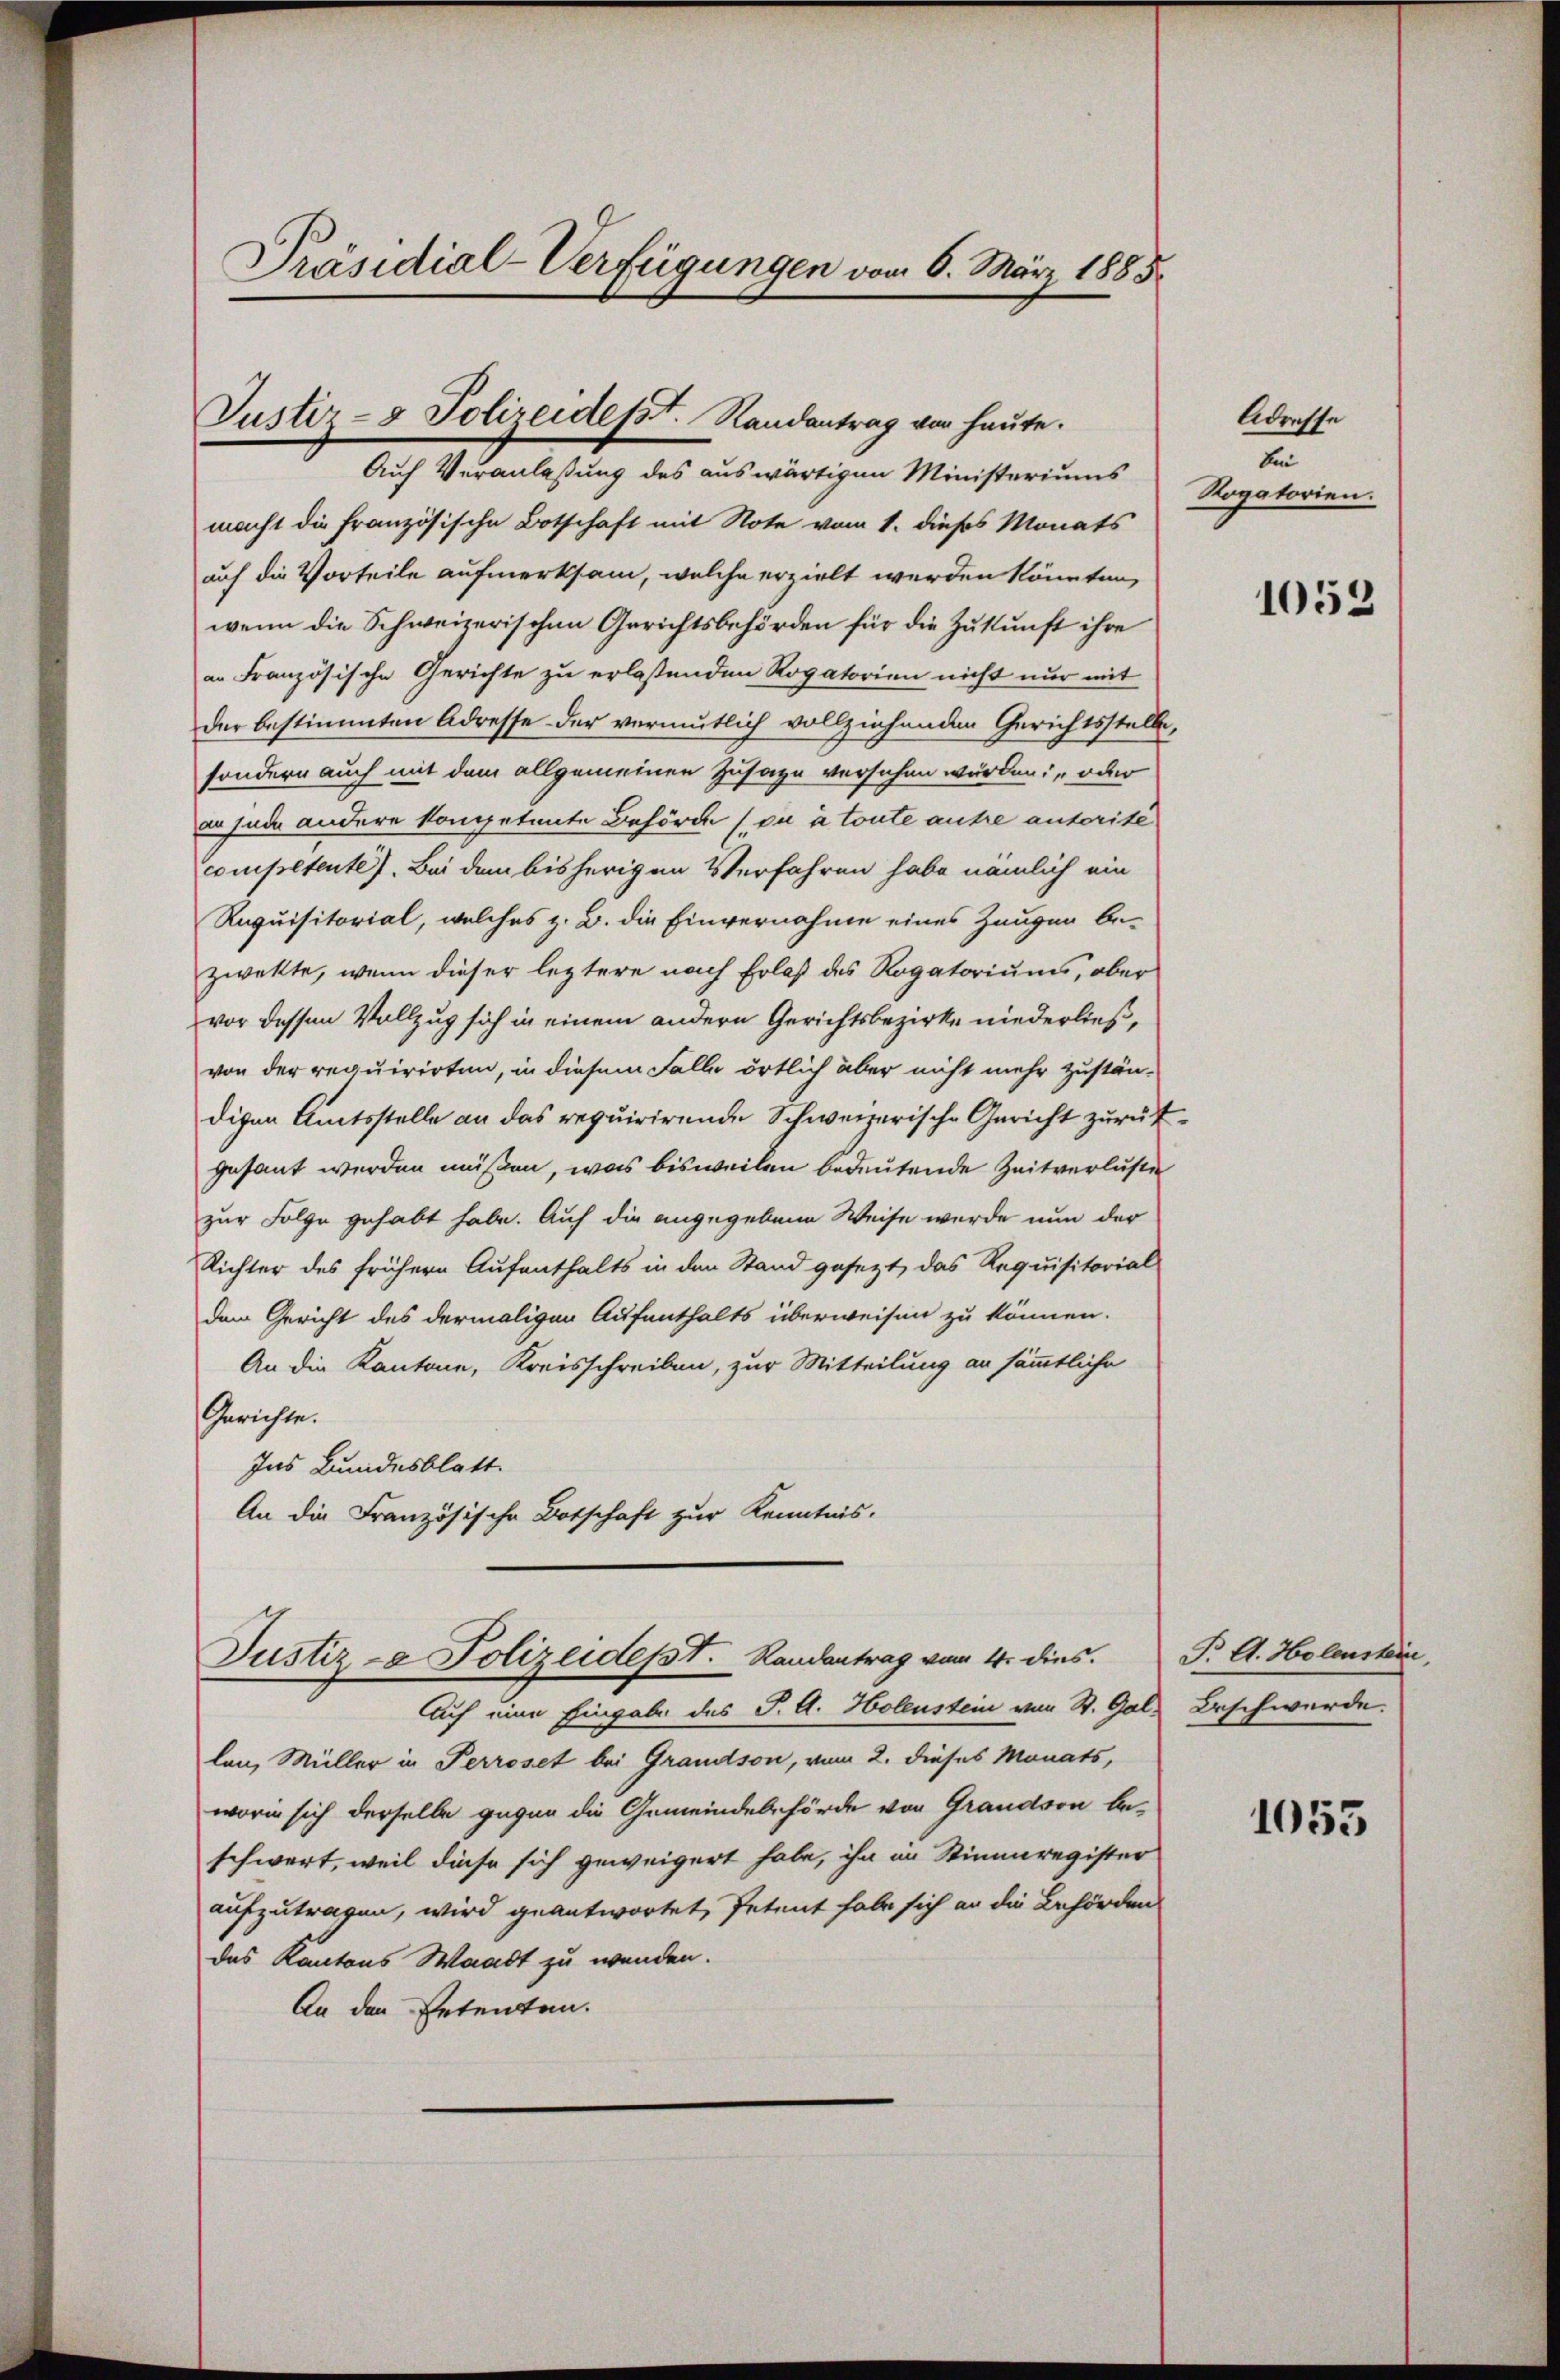
Präsidial-Verfügungen vom 6. März 1885

Justiz- & Polizeidept. Randantrag vor heute.

Auf Veranlaßung des auswärtigen Ministeriums
macht die französische Botschaft mit Note vom 1. dieses Monats
auf die Vorteile aufmerksam, welche erzielt werden könnten,
wenn die Schweizerischen Gerichtsbehörden für die Zukunft ihre
an Französische Gerichte zu erlaßenden Rogatorien nicht nur mit
der bestimmten Adresse der vermutlich vollziehenden Gerichtsstelle,
sondern auch mit dem allgemeinen Zusage versehen würden: „oder
an jede andere kompetente Behörde (zu à toute autre autorité
competente). Bei dem bisherigen Verfahren habe nämlich ein
Requisitorial, welches z. B. die Einvernahme eines Zeugen bezwekte, wenn dieser leztere nach Erlaß des Rogatoriums, aber
vor dessen Vollzug sich in einem andern Gerichtsbezirke niederließ,
von der requirirten, in diesem Falle örtlich aber nicht mehr zustän-
digen Amtsstelle an das requirirende Schweizerische Gericht zurückgesant werden müßen, was bisweilen bedeutende Zeitverluste
zur Folge gehabt habe. Auf die angegebene Weise werde nun der
Richter des frühere Aufenthalts in den Stand gesezt, das Requisitorial
dem Gericht des dermaligen Aufenthalts überweisen zu können.
An die Kantone, Kreisschreiben, zur Mitteilung an sämmtliche
Gerichte.
Ins Bundesblatt.
An die Französische Botschaft zur Kenntnis.
Justiz- & Polizeidept.   Randantrag vom 4. dies. P. A. Holenstein,
Auf eine Eingabe des J. A. Holenstein von St. Gal-Beschwerde.
lan, Müller in Perroset bei Grandson, vom 2. dieses Monats,
worin sich derselbe gegen die Gemeindebehörde von Grandson beschwert, weil diese sich geweigert habe, ihn in Stimmregister
aufzutragen, wird geantwortet, Petent habe sich an die Behörden
das Kantons Waadt zu wenden.
An den Petenten.

Adresse
bin
Rogatorien.

1052

1055